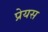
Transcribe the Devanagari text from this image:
प्रेयस